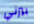
بيرني